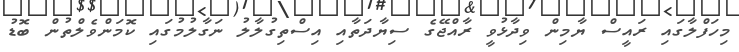
މިހަފްލާގައި ރައީސް ޔާމިން ވިދާޅުވީ ރާއްޖޭގެ ސިޔާދަތާއި އިސްތިގުލާލު ނަގާލުމުގައި ކޮމަންވެލްތުން ބޮޑު